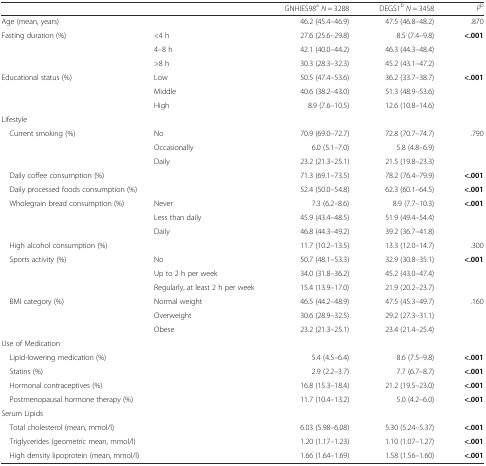
<table><thead><tr><td colspan="2"></td><td><b>GNHIES98<sup>a</sup><i>N</i> = 3288</b></td><td><b>DEGS1<sup>b</sup><i>N</i> = 3458</b></td><td><b><i>P</i><sup>b</sup></b></td></tr></thead><tbody><tr><td colspan="2">Age (mean, years)</td><td>46.2 (45.4–46.9)</td><td>47.5 (46.8–48.2)</td><td>.870</td></tr><tr><td>Fasting duration (%)</td><td>&lt;4 h</td><td>27.6 (25.6–29.8)</td><td>8.5 (7.4–9.8)</td><td rowspan="3"><b>&lt;.001</b></td></tr><tr><td></td><td>4–8 h</td><td>42.1 (40.0–44.2)</td><td>46.3 (44.3–48.4)</td></tr><tr><td></td><td>&gt;8 h</td><td>30.3 (28.3–32.3)</td><td>45.2 (43.1–47.2)</td></tr><tr><td>Educational status (%)</td><td>Low</td><td>50.5 (47.4–53.6)</td><td>36.2 (33.7–38.7)</td><td rowspan="3"><b>&lt;.001</b></td></tr><tr><td></td><td>Middle</td><td>40.6 (38.2–43.0)</td><td>51.3 (48.9–53.6)</td></tr><tr><td></td><td>High</td><td>8.9 (7.6–10.5)</td><td>12.6 (10.8–14.6)</td></tr><tr><td colspan="5">Lifestyle</td></tr><tr><td> Current smoking (%)</td><td>No</td><td>70.9 (69.0–72.7)</td><td>72.8 (70.7–74.7)</td><td rowspan="3">.790</td></tr><tr><td></td><td>Occasionally</td><td>6.0 (5.1–7.0)</td><td>5.8 (4.8–6.9)</td></tr><tr><td></td><td>Daily</td><td>23.2 (21.3–25.1)</td><td>21.5 (19.8–23.3)</td></tr><tr><td colspan="2"> Daily coffee consumption (%)</td><td>71.3 (69.1–73.5)</td><td>78.2 (76.4–79.9)</td><td><b>&lt;.001</b></td></tr><tr><td colspan="2"> Daily processed foods consumption (%)</td><td>52.4 (50.0–54.8)</td><td>62.3 (60.1–64.5)</td><td><b>&lt;.001</b></td></tr><tr><td> Wholegrain bread consumption (%)</td><td>Never</td><td>7.3 (6.2–8.6)</td><td>8.9 (7.7–10.3)</td><td rowspan="3"><b>&lt;.001</b></td></tr><tr><td></td><td>Less than daily</td><td>45.9 (43.4–48.5)</td><td>51.9 (49.4–54.4)</td></tr><tr><td></td><td>Daily</td><td>46.8 (44.3–49.2)</td><td>39.2 (36.7–41.8)</td></tr><tr><td colspan="2"> High alcohol consumption (%)</td><td>11.7 (10.2–13.5)</td><td>13.3 (12.0–14.7)</td><td>.300</td></tr><tr><td> Sports activity (%)</td><td>No</td><td>50.7 (48.1–53.3)</td><td>32.9 (30.8–35.1)</td><td rowspan="3"><b>&lt;.001</b></td></tr><tr><td></td><td>Up to 2 h per week</td><td>34.0 (31.8–36.2)</td><td>45.2 (43.0–47.4)</td></tr><tr><td></td><td>Regularly, at least 2 h per week</td><td>15.4 (13.9–17.0)</td><td>21.9 (20.2–23.7)</td></tr><tr><td> BMI category (%)</td><td>Normal weight</td><td>46.5 (44.2–48.9)</td><td>47.5 (45.3–49.7)</td><td rowspan="3">.160</td></tr><tr><td></td><td>Overweight</td><td>30.6 (28.9–32.5)</td><td>29.2 (27.3–31.1)</td></tr><tr><td></td><td>Obese</td><td>23.2 (21.3–25.1)</td><td>23.4 (21.4–25.4)</td></tr><tr><td colspan="5">Use of Medication</td></tr><tr><td colspan="2"> Lipid-lowering medication (%)</td><td>5.4 (4.5–6.4)</td><td>8.6 (7.5–9.8)</td><td><b>&lt;.001</b></td></tr><tr><td colspan="2"> Statins (%)</td><td>2.9 (2.2–3.7)</td><td>7.7 (6.7–8.7)</td><td><b>&lt;.001</b></td></tr><tr><td colspan="2"> Hormonal contraceptives (%)</td><td>16.8 (15.3–18.4)</td><td>21.2 (19.5–23.0)</td><td><b>&lt;.001</b></td></tr><tr><td colspan="2"> Postmenopausal hormone therapy (%)</td><td>11.7 (10.4–13.2)</td><td>5.0 (4.2–6.0)</td><td><b>&lt;.001</b></td></tr><tr><td colspan="5">Serum Lipids</td></tr><tr><td colspan="2"> Total cholesterol (mean, mmol/l)</td><td>6.03 (5.98–6.08)</td><td>5.30 (5.24–5.37)</td><td><b>&lt;.001</b></td></tr><tr><td colspan="2"> Triglycerides (geometric mean, mmol/l)</td><td>1.20 (1.17–1.23)</td><td>1.10 (1.07–1.27)</td><td><b>&lt;.001</b></td></tr><tr><td colspan="2"> High density lipoprotein (mean, mmol/l)</td><td>1.66 (1.64–1.69)</td><td>1.58 (1.56–1.60)</td><td><b>&lt;.001</b></td></tr></tbody></table>